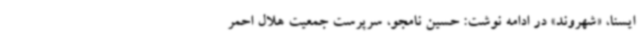
ایسنا، «شهروند» در ادامه نوشت: حسین نامجو، سرپرست جمعیت هلال‌ احمر